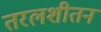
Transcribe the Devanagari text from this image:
तरलशीतन